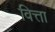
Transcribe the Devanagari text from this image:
वित्ता